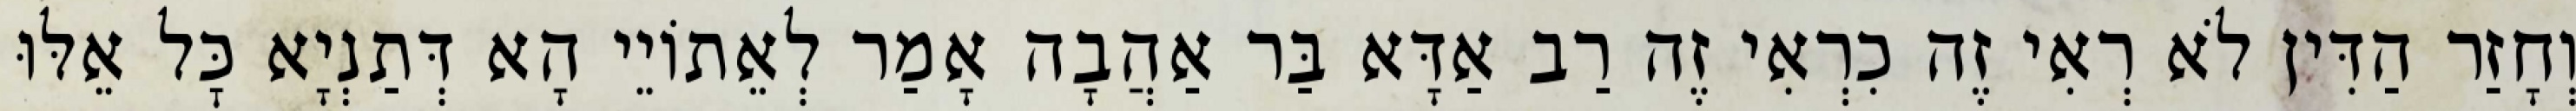
וְחָזַר הַדִּין לֹא רְאִי זֶה כִרְאִי זֶה רַב אַדָּא בַּר אַהֲבָה אָמַר לְאֵתוֹיֵי הָא דְּתַנְיָא כׇּל אֵלּוּ